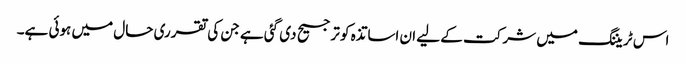
اس ٹریننگ میں شرکت کے لیے ان اساتذہ کو ترجیح دی گئی ہے جن کی تقرری حال میں ہوئی ہے۔